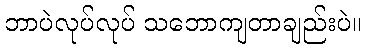
ဘာပဲလုပ်လုပ် သဘောကျတာချည်းပဲ။